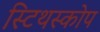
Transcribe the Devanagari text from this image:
स्टिथस्कोप